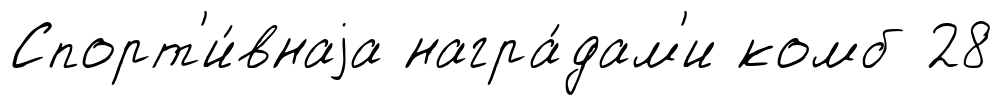
Спорт'и́внаjа награ́дам'и комб 28